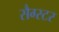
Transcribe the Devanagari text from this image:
सैग्स्टर